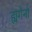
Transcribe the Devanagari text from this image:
ह्यगेनो